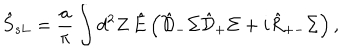
LaTeX: \hat { S } _ { s L } = \frac { a } { \pi } \int d ^ { 2 } Z \, \hat { E } \left( \hat { \cal D } _ { - } \Sigma \hat { \cal D } _ { + } \Sigma + i \hat { R } _ { + - } \Sigma \right) ,